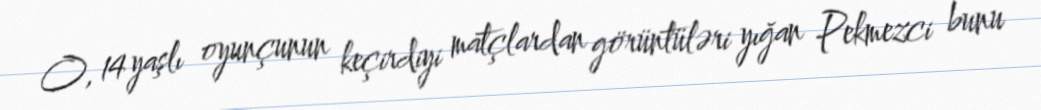
O, 14 yaşlı oyunçunun keçirdiyi matçlardan görüntüləri yığan Pekmezci bunu